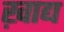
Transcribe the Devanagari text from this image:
ख़ाद्य